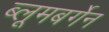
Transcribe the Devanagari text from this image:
ब्लूमबर्गेन